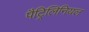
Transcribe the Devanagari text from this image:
पैट्रिलिनियल